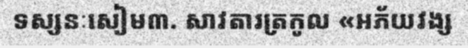
ទស្សនៈសៀម៣. សាវតារត្រកូល «អភ័យវង្ស